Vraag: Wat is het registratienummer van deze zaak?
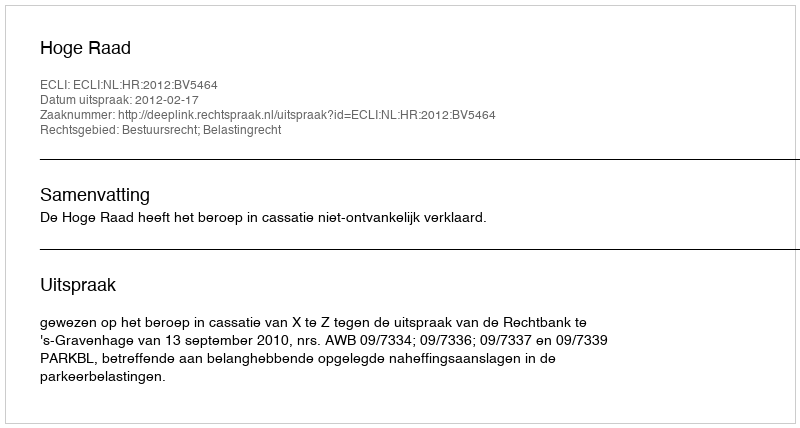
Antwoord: http://deeplink.rechtspraak.nl/uitspraak?id=ECLI:NL:HR:2012:BV5464